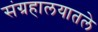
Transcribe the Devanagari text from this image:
संग्रहालयातले